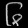
Digit: ၆